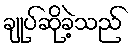
ချုပ်ဆိုခဲ့သည်